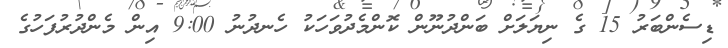
ޑިސެންބަރު 15 ގެ ނިޔަލަށް ބަންދުނޫން ކޮންމެދުވަހަކު ހެނދުނު 9:00 އިން މެންދުރުފަހުގެ